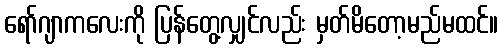
ရော်ဂျာကလေးကို ပြန်တွေ့လျှင်လည်း မှတ်မိတော့မည်မထင်။